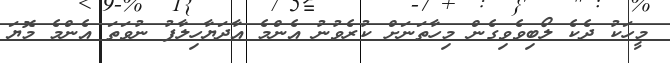
މީހަކު ދެކެ ލޯބިވެވިގެން މިހާތަނަށް ކުރެވުނު އެންމެ އާދަޔާހިލާފު ނުވަތަ އެންމެ މޮޔަ